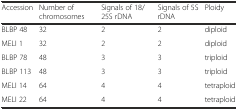
<table><thead><tr><td><b>Accession</b></td><td><b>Number of chromosomes</b></td><td><b>Signals of 18/25S rDNA</b></td><td><b>Signals of 5S rDNA</b></td><td><b>Ploidy</b></td></tr></thead><tbody><tr><td>BLBP 48</td><td>32</td><td>2</td><td>2</td><td>diploid</td></tr><tr><td>MELI 1</td><td>32</td><td>2</td><td>2</td><td>diploid</td></tr><tr><td>BLBP 78</td><td>48</td><td>3</td><td>3</td><td>triploid</td></tr><tr><td>BLBP 113</td><td>48</td><td>3</td><td>3</td><td>triploid</td></tr><tr><td>MELI 14</td><td>64</td><td>4</td><td>4</td><td>tetraploid</td></tr><tr><td>MELI 22</td><td>64</td><td>4</td><td>4</td><td>tetraploid</td></tr></tbody></table>